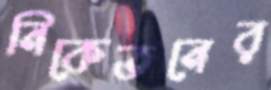
নিকেতনের